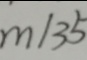
m \vert 3 5